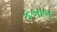
કબાબ